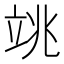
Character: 𥩼